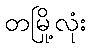
တမြို့လုံး